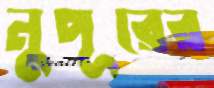
নুপূরের